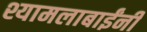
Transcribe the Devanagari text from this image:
श्यामलाबाईंनी